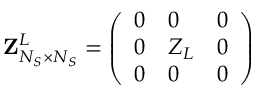
{ \bf { Z } } _ { N _ { S } \times N _ { S } } ^ { L } = \left( \begin{array} { l l l } { 0 } & { 0 } & { 0 } \\ { 0 } & { Z _ { L } } & { 0 } \\ { 0 } & { 0 } & { 0 } \end{array} \right)